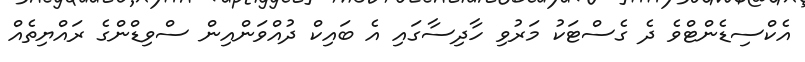
އެކްސިޑެންޓްވެ ދެ ގެސްޓަކު މަރުވި ހާދިސާގައި އެ ބައިކް ދުއްވަންއިން ސްވިޑްންގެ ރައްޔިތެއް